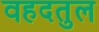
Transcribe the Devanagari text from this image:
वहदतुल